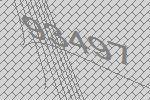
93497